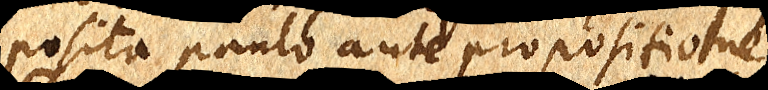
posita paulo ante propositione